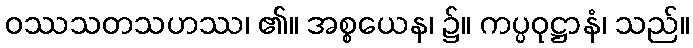
ဝဿသတသဟဿ၊ ၏။ အစ္စယေန၊ ၌။ ကပ္ပဝုဋ္ဌာနံ၊ သည်။